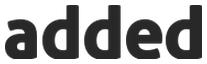
added